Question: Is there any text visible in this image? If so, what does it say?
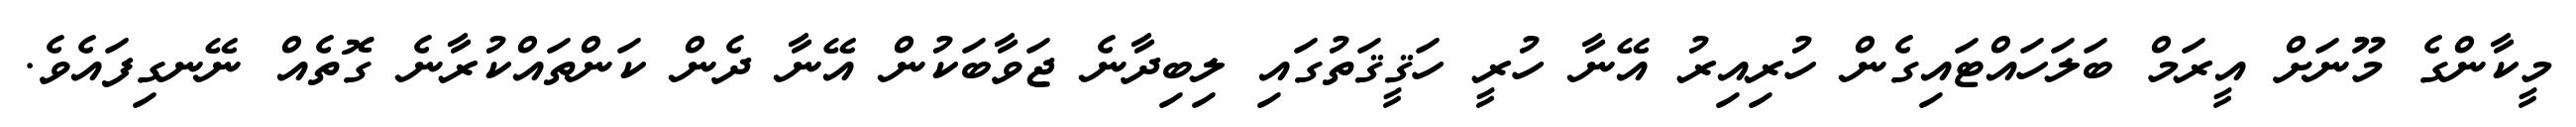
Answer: މީކާންގެ މޫނަށް އީރަމް ބަލަހައްޓައިގެން ހުރިއިރު އޭނާ ހުރީ ހަޤީޤަތުގައި ލިބިދާނެ ޖަވާބަކުން އޭނާ ދެން ކަންތައްކުރާނެ ގޮތެއް ނޭނގިފައެވެ.